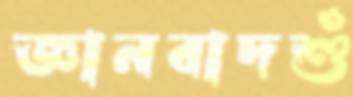
জ্ঞানবাদশুঁ